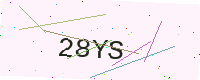
Text: 28YS